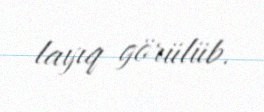
layıq görülüb.